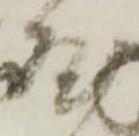
屋